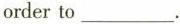
order to_____.